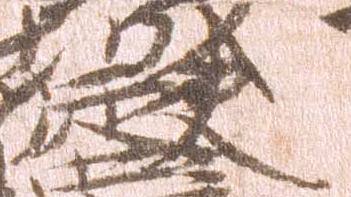
使